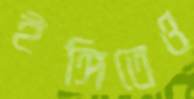
ইঙ্গিতেও